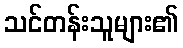
သင်တန်းသူများ၏